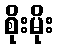
စိုးမိုး